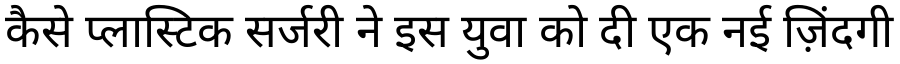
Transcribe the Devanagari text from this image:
कैसे प्लास्टिक सर्जरी ने इस युवा को दी एक नई ज़िंदगी